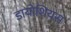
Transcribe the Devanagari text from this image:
डायोशियस